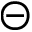
\circleddash